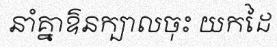
នាំគ្នាឱនក្បាលចុះ យកដៃ